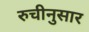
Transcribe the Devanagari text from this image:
रुचीनुसार